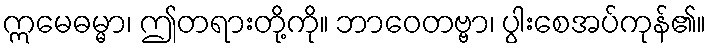
ဣမေဓမ္မာ၊ ဤတရားတို့ကို။ ဘာဝေတဗ္ဗာ၊ ပွါးစေအပ်ကုန်၏။